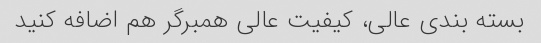
بسته بندی عالی، کیفیت عالی همبرگر هم اضافه کنید